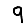
Digit: 9